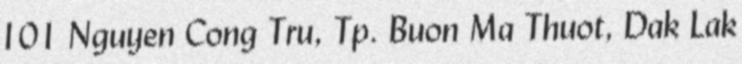
101 Nguyen Cong Tru, Tp. Buon Ma Thuot, Dak Lak